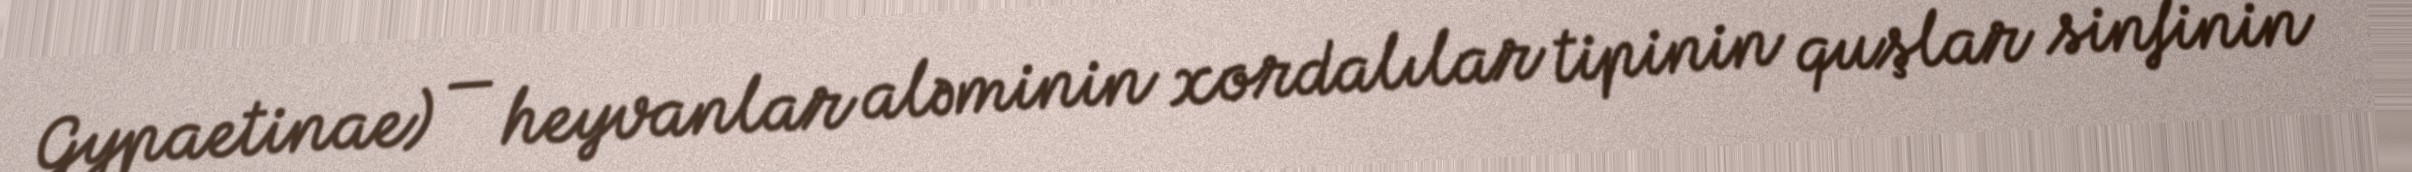
Gypaetinae) — heyvanlar aləminin xordalılar tipinin quşlar sinfinin